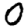
Digit: 0